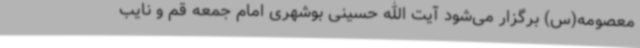
معصومه(س) برگزار می‌شود آیت الله حسینی بوشهری امام جمعه قم و نایب